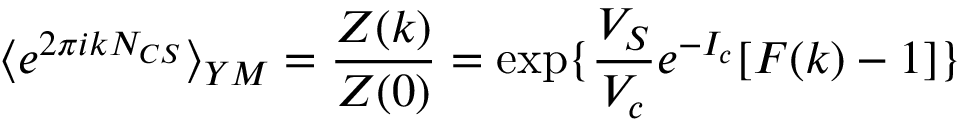
\langle e ^ { 2 \pi i k N _ { C S } } \rangle _ { Y M } = \frac { Z ( k ) } { Z ( 0 ) } = \exp \{ \frac { V _ { S } } { V _ { c } } e ^ { - I _ { c } } [ F ( k ) - 1 ] \}